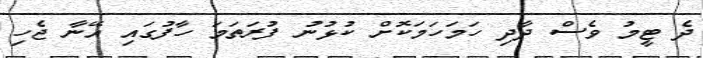
ދެ ޓީމު ވެސް ދާދި ހަމަހަމަކޮށް ކުޅުނު ފުރަތަމަ ހާފުގައި އޭނާ ޖެހި